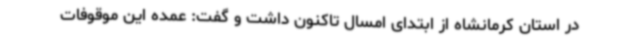
در استان کرمانشاه از ابتدای امسال تاکنون داشت و گفت: عمده این موقوفات